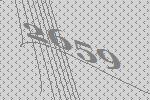
2659